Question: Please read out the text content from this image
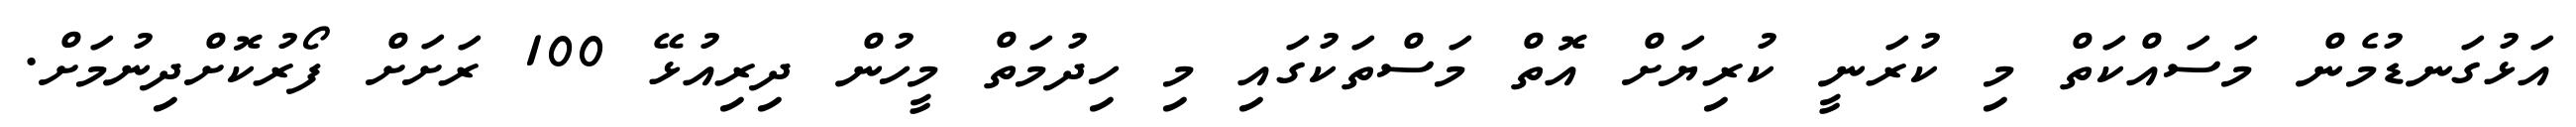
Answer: އަޅުގަނޑުމެން މަސައްކަތް މި ކުރަނީ ކުރިޔަށް އޮތް މަސްތަކުގައި މި ހިދުމަތް މީހުން ދިރިއުޅޭ 100 ރަށަށް ފޯރުކޮށްދިނުމަށް.